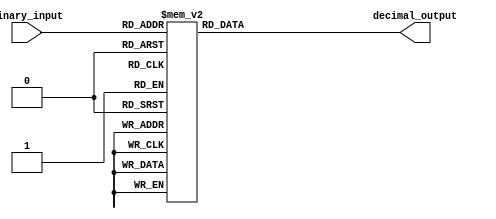
module decimal_decoder (
    input [3:0] binary_input,
    output reg [3:0] decimal_output
);

always @ (*)
begin
    case (binary_input)
        4'b0000: decimal_output = 4'b0000;
        4'b0001: decimal_output = 4'b0001;
        4'b0010: decimal_output = 4'b0010;
        4'b0011: decimal_output = 4'b0011;
        4'b0100: decimal_output = 4'b0100;
        4'b0101: decimal_output = 4'b0101;
        4'b0110: decimal_output = 4'b0110;
        4'b0111: decimal_output = 4'b0111;
        4'b1000: decimal_output = 4'b1000;
        4'b1001: decimal_output = 4'b1001;
        default: decimal_output = 4'bxxxx; // invalid input
    endcase
end

endmodule